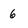
Character: 6